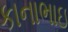
કાનાભાઇ